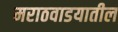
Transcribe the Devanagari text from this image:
मराठवाडयातील